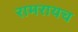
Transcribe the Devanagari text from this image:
रामरायच